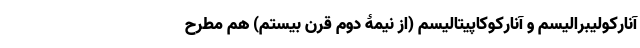
آنارکولیبرالیسم و آنارکوکاپیتالیسم (از نیمۀ دوم قرن بیستم) هم مطرح